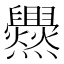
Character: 𱬰